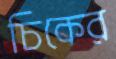
চিকের